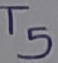
Text: T5